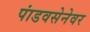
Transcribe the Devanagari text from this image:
पांडवसेनेवर